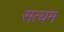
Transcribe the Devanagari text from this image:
सत्यम